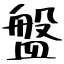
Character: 盤